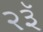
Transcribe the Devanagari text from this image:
२३ॅ